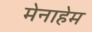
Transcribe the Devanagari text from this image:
मेनाहेम